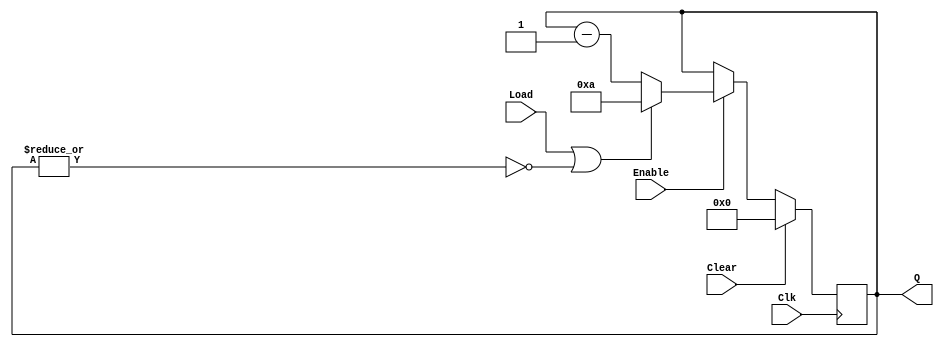
module lab6_2_3(
    input Clk,
    input Clear,
    input Enable,
    input Load,
    output [3:0] Q
    );
    reg[3:0] count;
    wire cnt_done;
    
    assign cnt_done= ~| count;
    assign Q=count;
    
    always @(posedge Clk)
        if(Clear)
            count<=0;
        else if (Enable)
            if (Load | cnt_done)
                count <= 4'b1010;
            else 
                count <= count - 1;
    
endmodule